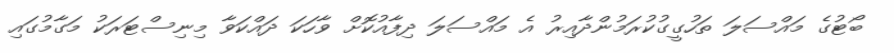
ބޯޓުގެ މައްސަލަ ތަހުގީގުކުރަމުންދާއިރު އެ މައްސަލަ ދިފާއުކޮށް ވާހަކަ ދައްކަވާ މިނިސްޓަރަކު މަގާމުގައި